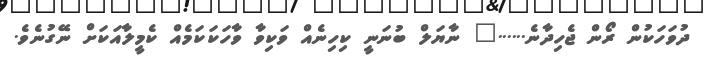
ދުވަހަކުން ރޯން ޖެހިދާނެ......" ނާޔަލް ބުނަނީ ކިހިނެއް ވަކިވާ ވާހަކަކަމެއް ކެމީލާއަކަށް ނޭގުނެވެ.